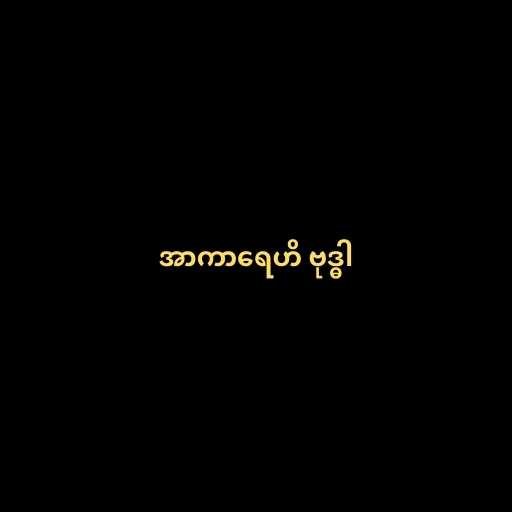
အာကာရေဟိ ဗုဒ္ဓါ